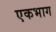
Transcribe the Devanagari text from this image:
एकभाग